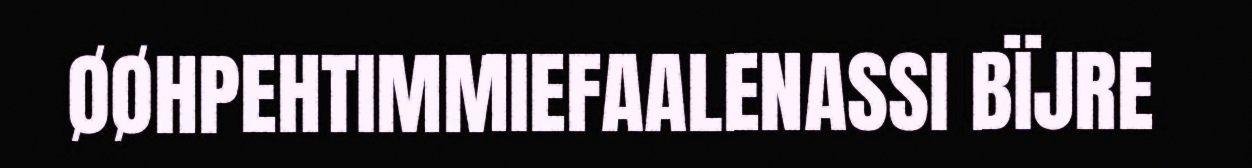
ØØHPEHTIMMIEFAALENASSI BÏJRE